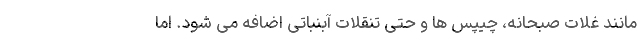
مانند غلات صبحانه، چیپس ها و حتی تنقلات آبنباتی اضافه می شود. اما